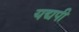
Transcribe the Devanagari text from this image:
यद्यपी